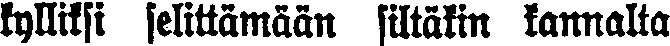
kylliksi selittämään siltäkin kannalta